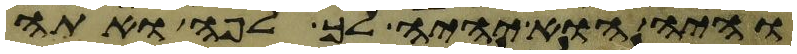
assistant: והיה הוא יהיה לך לפה ואתה